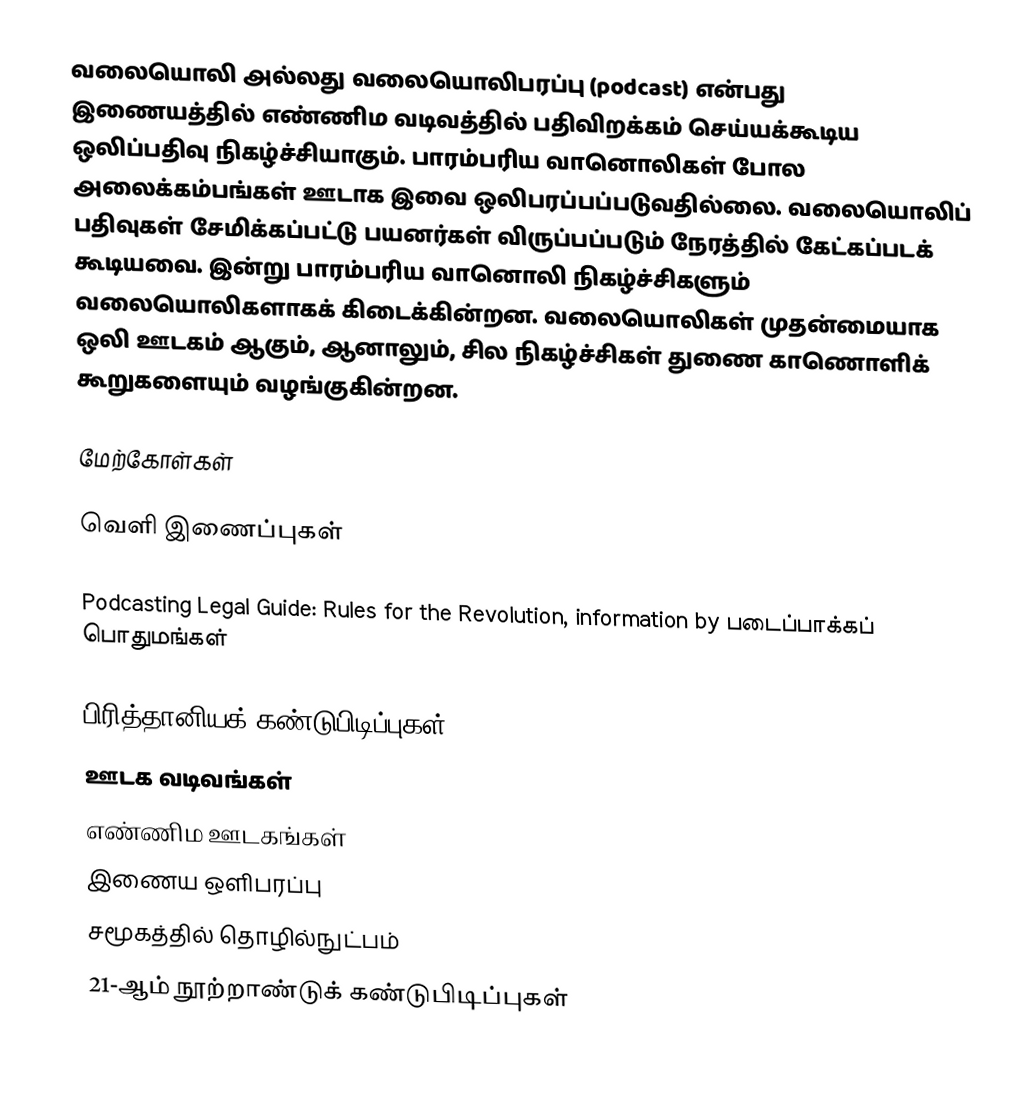
வலையொலி அல்லது வலையொலிபரப்பு (podcast) என்பது இணையத்தில் எண்ணிம வடிவத்தில் பதிவிறக்கம் செய்யக்கூடிய ஒலிப்பதிவு நிகழ்ச்சியாகும். பாரம்பரிய வானொலிகள் போல அலைக்கம்பங்கள் ஊடாக இவை ஒலிபரப்பப்படுவதில்லை. வலையொலிப் பதிவுகள் சேமிக்கப்பட்டு பயனர்கள் விருப்பப்படும் நேரத்தில் கேட்கப்படக் கூடியவை. இன்று பாரம்பரிய வானொலி நிகழ்ச்சிகளும் வலையொலிகளாகக் கிடைக்கின்றன. வலையொலிகள் முதன்மையாக ஒலி ஊடகம் ஆகும், ஆனாலும், சில நிகழ்ச்சிகள் துணை காணொளிக் கூறுகளையும் வழங்குகின்றன.

மேற்கோள்கள்

வெளி இணைப்புகள்

Podcasting Legal Guide: Rules for the Revolution, information by படைப்பாக்கப் பொதுமங்கள்

பிரித்தானியக் கண்டுபிடிப்புகள்
ஊடக வடிவங்கள்
எண்ணிம ஊடகங்கள்
இணைய ஒளிபரப்பு
சமூகத்தில் தொழில்நுட்பம்
21-ஆம் நூற்றாண்டுக் கண்டுபிடிப்புகள்